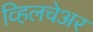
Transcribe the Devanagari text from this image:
व्हिलचेअर